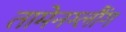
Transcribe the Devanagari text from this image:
तामेनग्लौंग